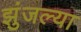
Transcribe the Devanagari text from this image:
झुंजल्या